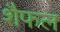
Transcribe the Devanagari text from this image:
शैफल